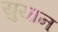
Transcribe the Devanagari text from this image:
युयान